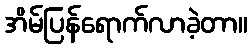
အိမ်ပြန်ရောက်လာခဲ့တာ။